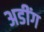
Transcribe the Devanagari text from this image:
अडींग